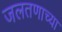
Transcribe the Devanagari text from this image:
जलतणाच्या